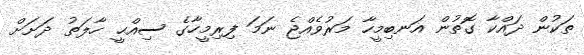
ތަކުން ދައްކާ ގޮތުން އަނބިމީހާ މަރުވެއްޖެ ނަމަ ފިރިމީހާގެ ސިއްޙީ ހާލަތު ދަށަށް